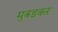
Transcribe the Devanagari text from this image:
मुत्रडकर